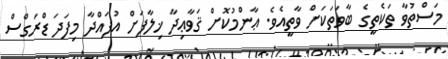
މަސްތުވާ ތަކެތީގެ ބާވަތަކަށް ވާތީއެވެ. ޢާންމުކޮށް ޤަވާޢިދާ ޚިލާފަށް އުފައްދާ މިފަދަ ޑްރަގްސް